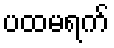
ပထမရက်